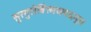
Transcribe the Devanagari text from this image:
सुरगुरोर्विस्मयपदम्।।